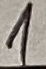
Text: 1